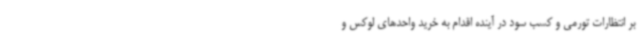
بر انتظارات تورمی و کسب سود در آینده اقدام به خرید واحدهای لوکس و